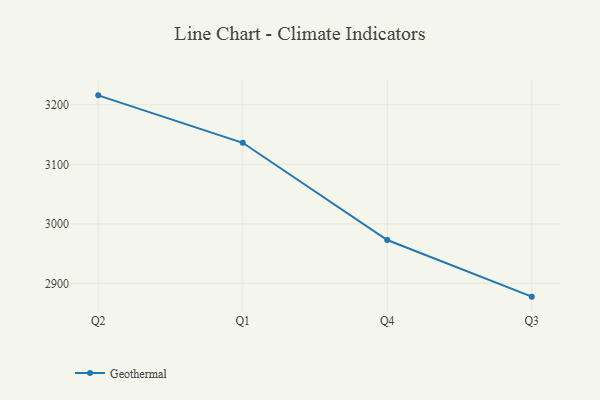
{"axis": {"x": "Quarter", "y": "Active Users"}, "legend": ["Geothermal"], "data": [{"x": "Q2", "y": 3215.9, "type": "Geothermal"}, {"x": "Q1", "y": 3136.2, "type": "Geothermal"}, {"x": "Q4", "y": 2972.8, "type": "Geothermal"}, {"x": "Q3", "y": 2877.7, "type": "Geothermal"}]}